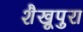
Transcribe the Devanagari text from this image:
शैखूपुरा